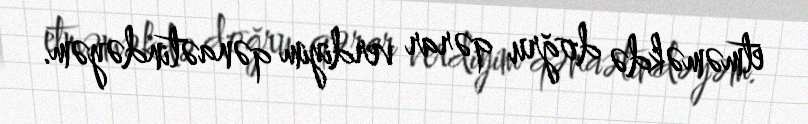
etməməkdə doğru qərar verdiyim qənaətindəyəm.